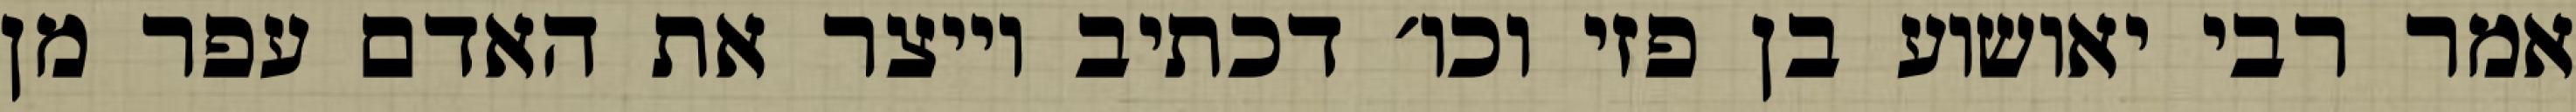
אמר רבי יאושוע בן פזי וכו׳ דכתיב וייצר את האדם עפר מן